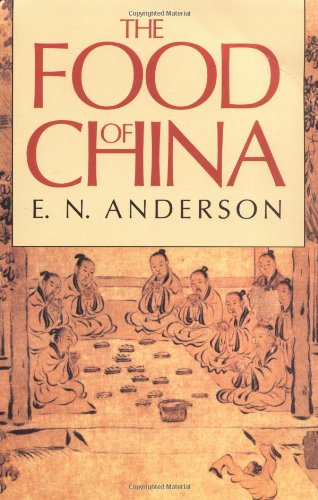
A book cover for The Food of China; E. N. Anderson; Science & Math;